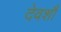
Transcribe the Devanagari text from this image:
देवर्शौ